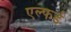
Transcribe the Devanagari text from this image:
एल्फर्ड